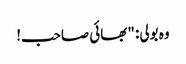
وہ بولی: "بھائی صاحب!